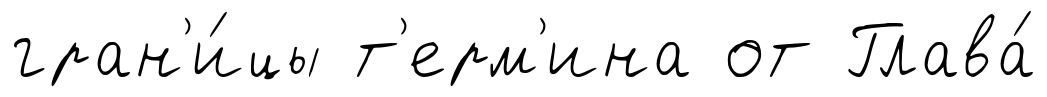
гран'и́цы т'ерм'ина от Глава́